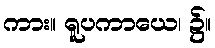
ကား။ ရူပကာယေ၊ ၌။